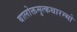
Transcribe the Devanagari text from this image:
बालोक्तमृत्कथारम्भो